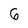
Character: 6